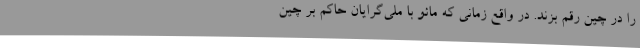
را در چین رقم بزند. در واقع زمانی که مائو با ملی‌گرایان حاکم بر چین